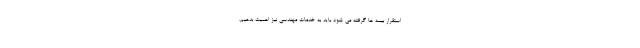
استقرار بیمه ها گرفته می شود باید به خدمات مهندسی نیز اهمیت بدهیم.